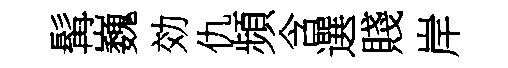
髯巍効仇頻含選賤岸